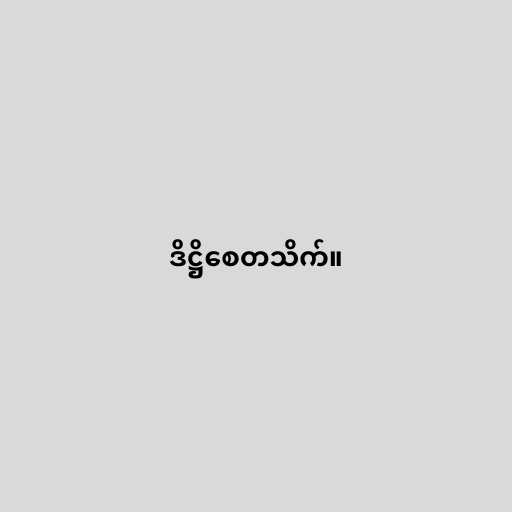
ဒိဋ္ဌိစေတသိက်။